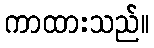
ကာထားသည်။